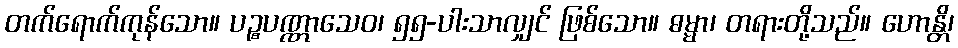
တက်ရောက်ကုန်သော။ ပဉ္စပဏ္ဏာသေဝ၊ ၅၅-ပါးသာလျှင် ဖြစ်သော။ ဓမ္မာ၊ တရားတို့သည်။ ဟောန္တိ၊